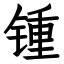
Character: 锺